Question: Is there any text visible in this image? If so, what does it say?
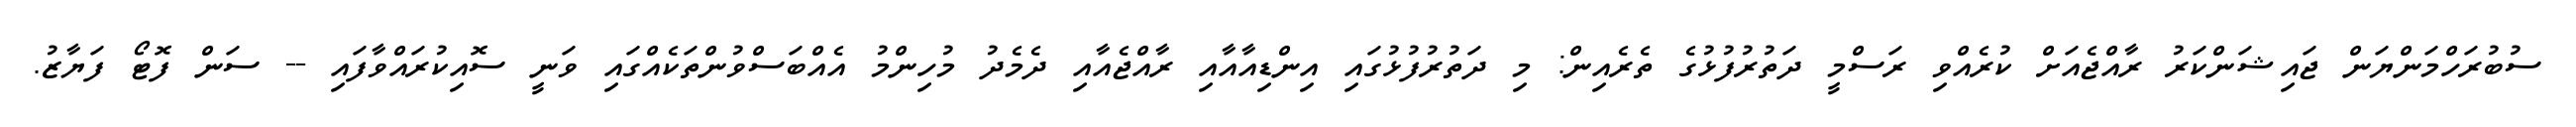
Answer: ސުބުރަހްމަންޔަން ޖައިޝަންކަރު ރާއްޖެއަށް ކުރެއްވި ރަސްމީ ދަތުރުފުޅުގެ ތެރެއިން: މި ދަތުރުފުޅުގައި އިންޑިއާއާއި ރާއްޖެއާއި ދެމެދު މުހިންމު އެއްބަސްވުންތަކެއްގައި ވަނީ ސޮއިކުރައްވާފައި -- ސަން ފޮޓޯ ފަޔާޒު.